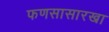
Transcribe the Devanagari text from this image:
फणसासारखा